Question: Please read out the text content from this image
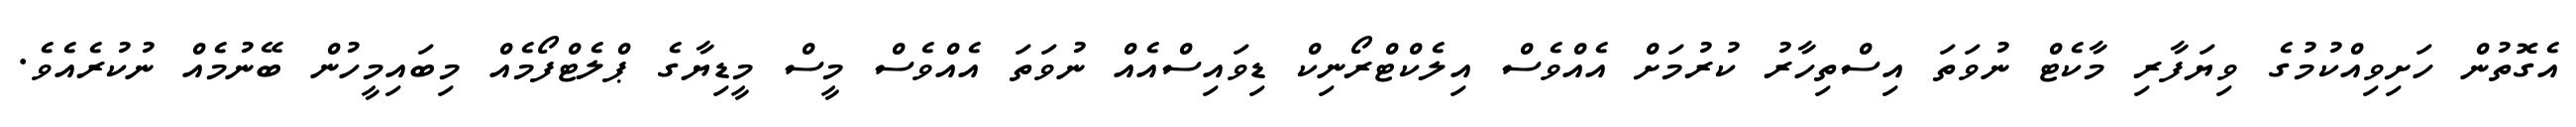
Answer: އެގޮތުން ހަށިވިއްކުމުގެ ވިޔަފާރި މާކެޓް ނުވަތަ އިސްތިހާރު ކުރުމަށް އެއްވެސް އިލެކްޓްރޯނިކް ޑިވައިސްއެއް ނުވަތަ އެއްވެސް މީސް މީޑިޔާގެ ޕްލެޓްފޯމެއް މިބައިމީހުން ބޭނުމެއް ނުކުރެއެވެ.